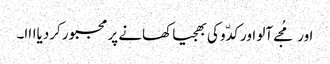
اور مُجے آلو اور کدّو کی بھجیا کھانے پر مجبور کردیاااا۔